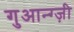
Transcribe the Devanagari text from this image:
गुआन्ग्ज़ी